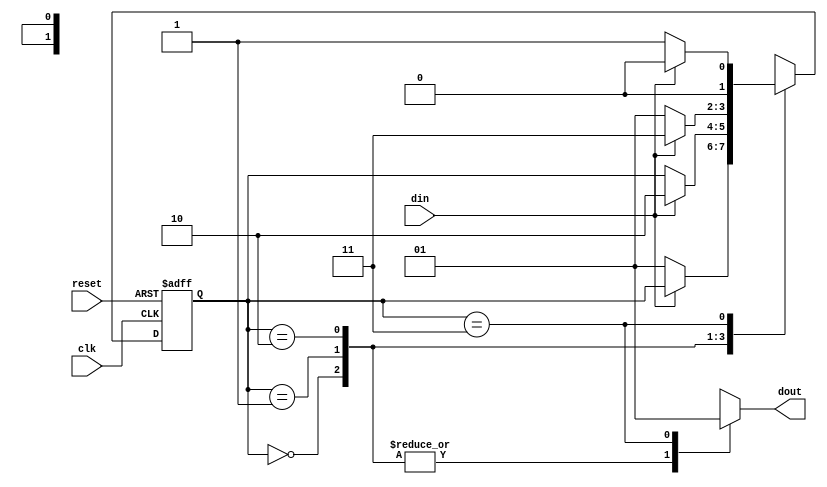
`timescale 1ns/1ps

module det_011_moore(clk, reset, din, dout);

  input clk, reset, din;
  output reg dout;

  reg [1:0] c_state, n_state;
  parameter s_0 = 2'b00;
  parameter s_1 = 2'b01;
  parameter s_2 = 2'b10;
  parameter s_3 = 2'b11;

  always @(posedge clk, negedge reset)
  begin
  if (!reset)
    c_state <= 0;
  else
    c_state <= n_state;
  end

  always @(c_state, din)
  begin
    case(c_state)
    s_0:
    begin
      n_state = (din == 0) ? s_1 : c_state;
      dout = 1'b0;
    end
    s_1:
    begin
      n_state = (din == 0) ? c_state : s_2;
      dout = 1'b0;
    end
    s_2:
    begin
      n_state = (din == 0) ? s_1 : s_3;
      dout = 1'b0;
    end
    s_3:
    begin
      n_state = (din == 0) ? s_1 : s_0;
      dout=1'b1;
    end
    default:
    begin
      n_state = s_0;
      dout = 1'b0;
    end
    endcase
  end

endmodule